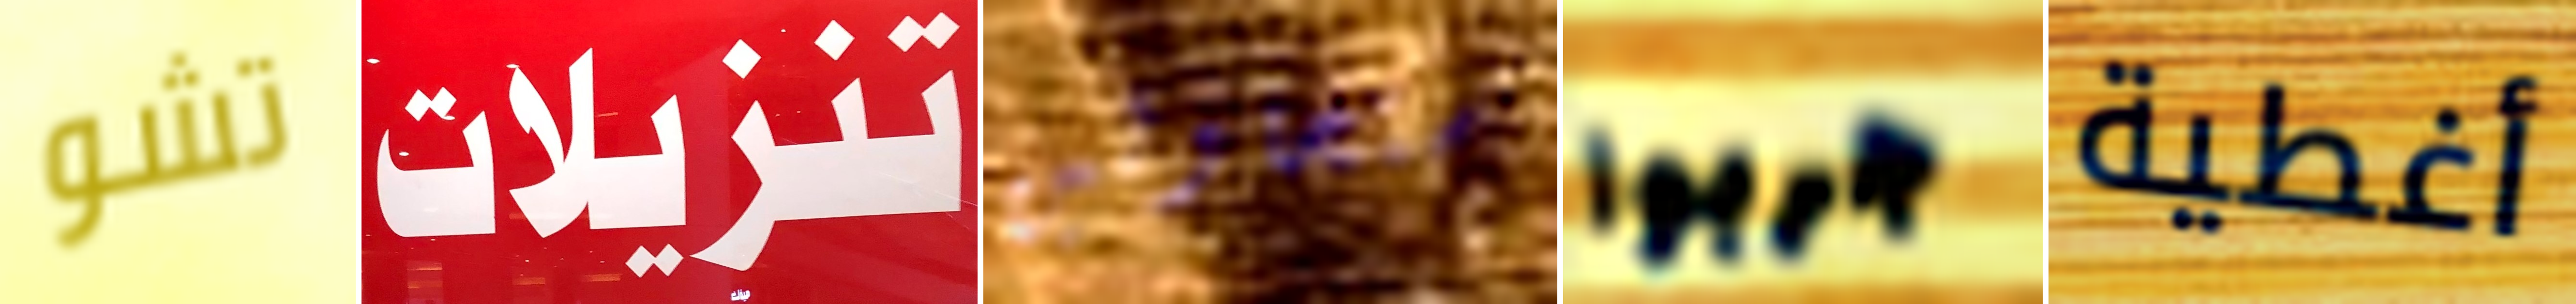
تشو تنزيلات ستحاولين جربوا أغطية